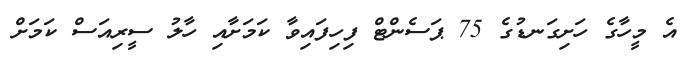
އެ މީހާގެ ހަށިގަނޑުގެ 75 ޕަސެންޓް ފިހިފައިވާ ކަމަށާއި ހާލު ސީރިއަސް ކަމަށް